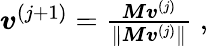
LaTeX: \begin{array}{r}{\boldsymbol{v}^{(j+1)}=\frac{\boldsymbol{M}\boldsymbol{v}^{(j)}}{\| \boldsymbol{M}\boldsymbol{v}^{(j)}\| }\; ,}\end{array}